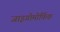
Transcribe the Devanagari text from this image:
जाइगोमोर्फिक